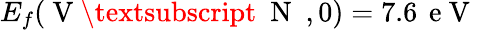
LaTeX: E_{f}(\mathrm{~V~\textsubscript~{~N~}~},0)=7.6\, \mathrm{~e~V~}